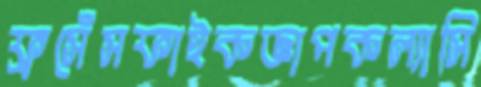
ফ্রসেঁসফাইকজ্ঞাপকল্যাসি